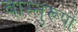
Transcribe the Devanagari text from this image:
वास्तुरूपों